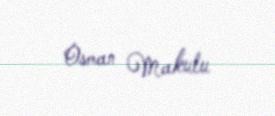
Osman Makulu